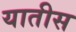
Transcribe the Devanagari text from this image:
यातीस